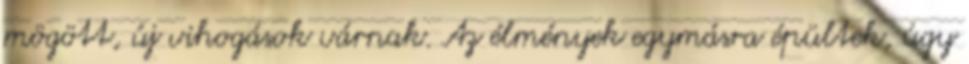
mögött, új vihogások várnak. Az élmények egymásra épültek, úgy